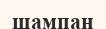
шампан